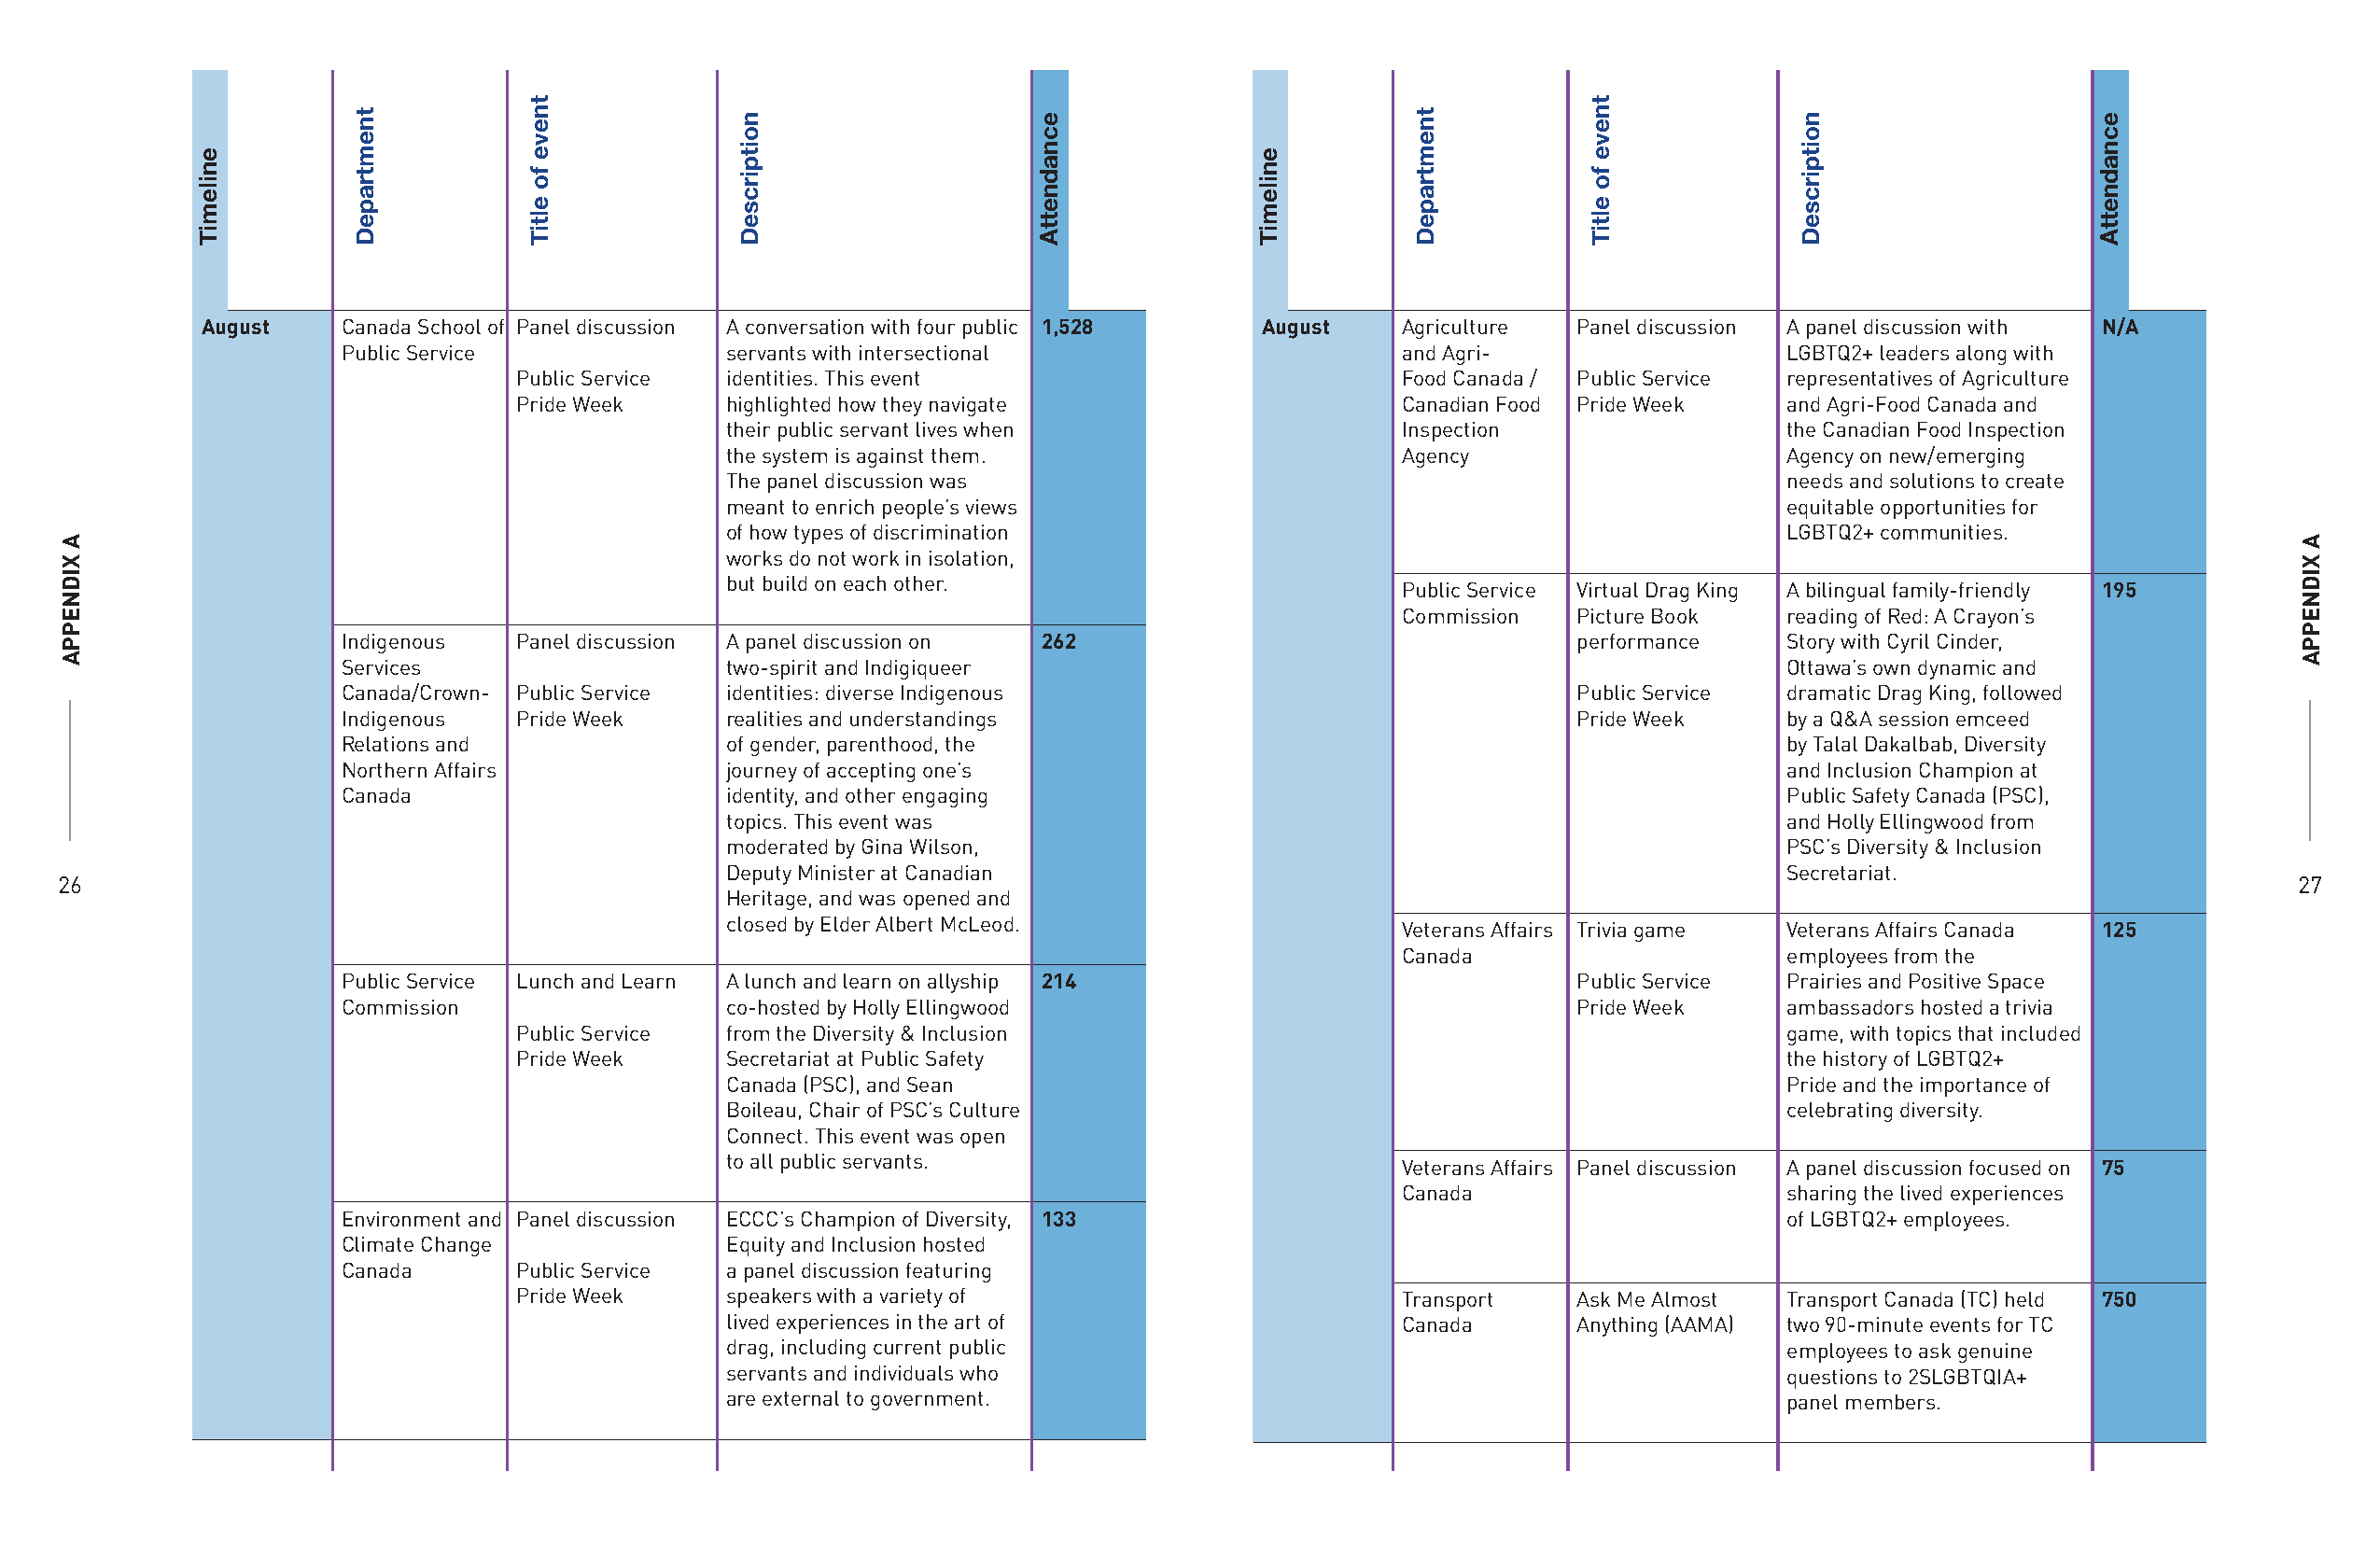
August    Canada School of Panel discussion A conversation with four public 1,528 August Agriculture Panel discussion A panel discussion with N/A
 Public Service              servants with intersectional                   and Agri-                   LGBTQ2+ leaders along with
 Public Service identities. This event                         Food Canada / Public Service representatives of Agriculture
 Pride Week     highlighted how they navigate                  Canadian Food Pride Week    and Agri-Food Canada and
 their public servant lives when                Inspection                  the Canadian Food Inspection
 the system is against them.                    Agency                      Agency on new/emerging
 The panel discussion was                                                   needs and solutions to create
 meant to enrich people’s views                                             equitable opportunities for
 of how types of discrimination                                             LGBTQ2+ communities.
 works do not work in isolation,
 but build on each other.                       Public Service Virtual Drag King A bilingual family-friendly 195
 Commission   Picture Book   reading of Red: A Crayon’s
 Indigenous   Panel discussion A panel discussion on 262                                 performance    Story with Cyril Cinder,
 Services                    two-spirit and Indigiqueer                                                 Ottawa’s own dynamic and
 Canada/Crown- Public Service identities: diverse Indigenous                             Public Service dramatic Drag King, followed
 Indigenous   Pride Week     realities and understandings                                Pride Week     by a Q&A session emceed
 Relations and               of gender, parenthood, the                                                 by Talal Dakalbab, Diversity
 Northern Affairs            journey of accepting one’s                                                 and Inclusion Champion at
 Canada                      identity, and other engaging                                               Public Safety Canada (PSC),
 topics. This event was                                                     and Holly Ellingwood from
 moderated by Gina Wilson,                                                  PSC’s Diversity & Inclusion
 Deputy Minister at Canadian                                                Secretariat.
 26                                                                                                                                                             27
 Heritage, and was opened and
 closed by Elder Albert McLeod.                 Veterans Affairs Trivia game Veterans Affairs Canada 125
 Canada                      employees from the
 Public Service Lunch and Learn A lunch and learn on allyship 214                        Public Service Prairies and Positive Space
 Commission                  co-hosted by Holly Ellingwood                               Pride Week     ambassadors hosted a trivia
 Public Service from the Diversity & Inclusion                                             game, with topics that included
 Pride Week     Secretariat at Public Safety                                               the history of LGBTQ2+
 Canada (PSC), and Sean                                                     Pride and the importance of
 Boileau, Chair of PSC’s Culture                                            celebrating diversity.
 Connect. This event was open
 to all public servants.                        Veterans Affairs Panel discussion A panel discussion focused on 75
 Canada                      sharing the lived experiences
 Environment and Panel discussion ECCC’s Champion of Diversity, 133                                     of LGBTQ2+ employees.
 Climate Change              Equity and Inclusion hosted
 Canada       Public Service a panel discussion featuring
 Pride Week     speakers with a variety of                     Transport    Ask Me Almost  Transport Canada (TC) held 750
 lived experiences in the art of                Canada       Anything (AAMA) two 90-minute events for TC
 drag, including current public                                             employees to ask genuine
 servants and individuals who                                               questions to 2SLGBTQIA+
 are external to government.                                                panel members.
 A
 XIDNEPPA
 enilemiT
 tnemtrapeD
 tneve
 fo
 eltiT
 noitpircseD          ecnadnettA
 enilemiT
 tnemtrapeD
 tneve
 fo
 eltiT
 noitpircseD          ecnadnettA
 A
 XIDNEPPA